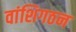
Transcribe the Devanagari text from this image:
वांशिगठन